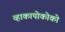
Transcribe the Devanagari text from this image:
व्हाकापोकोको